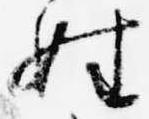
姓